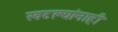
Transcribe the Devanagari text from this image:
खटल्यांनाही